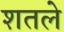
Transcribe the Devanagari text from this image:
शतले